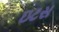
ઇટસ